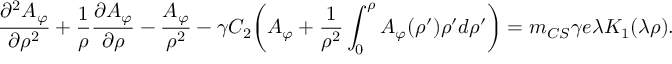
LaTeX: \frac { \partial ^ { 2 } A _ { \varphi } } { \partial \rho ^ { 2 } } + \frac { 1 } { \rho } \frac { \partial A _ { \varphi } } { \partial \rho } - \frac { A _ { \varphi } } { \rho ^ { 2 } } - \gamma C _ { 2 } \bigg ( A _ { \varphi } + \frac { 1 } { \rho ^ { 2 } } \int _ { 0 } ^ { \rho } A _ { \varphi } ( \rho ^ { \prime } ) \rho ^ { \prime } d \rho ^ { \prime } \bigg ) = m _ { C S } \gamma e \lambda K _ { 1 } ( \lambda \rho ) .